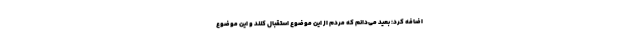
اضافه کرد: بعید می‌دانم که مردم از این موضوع استقبال کنند و این موضوع